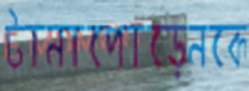
টানাপোড়েনকে